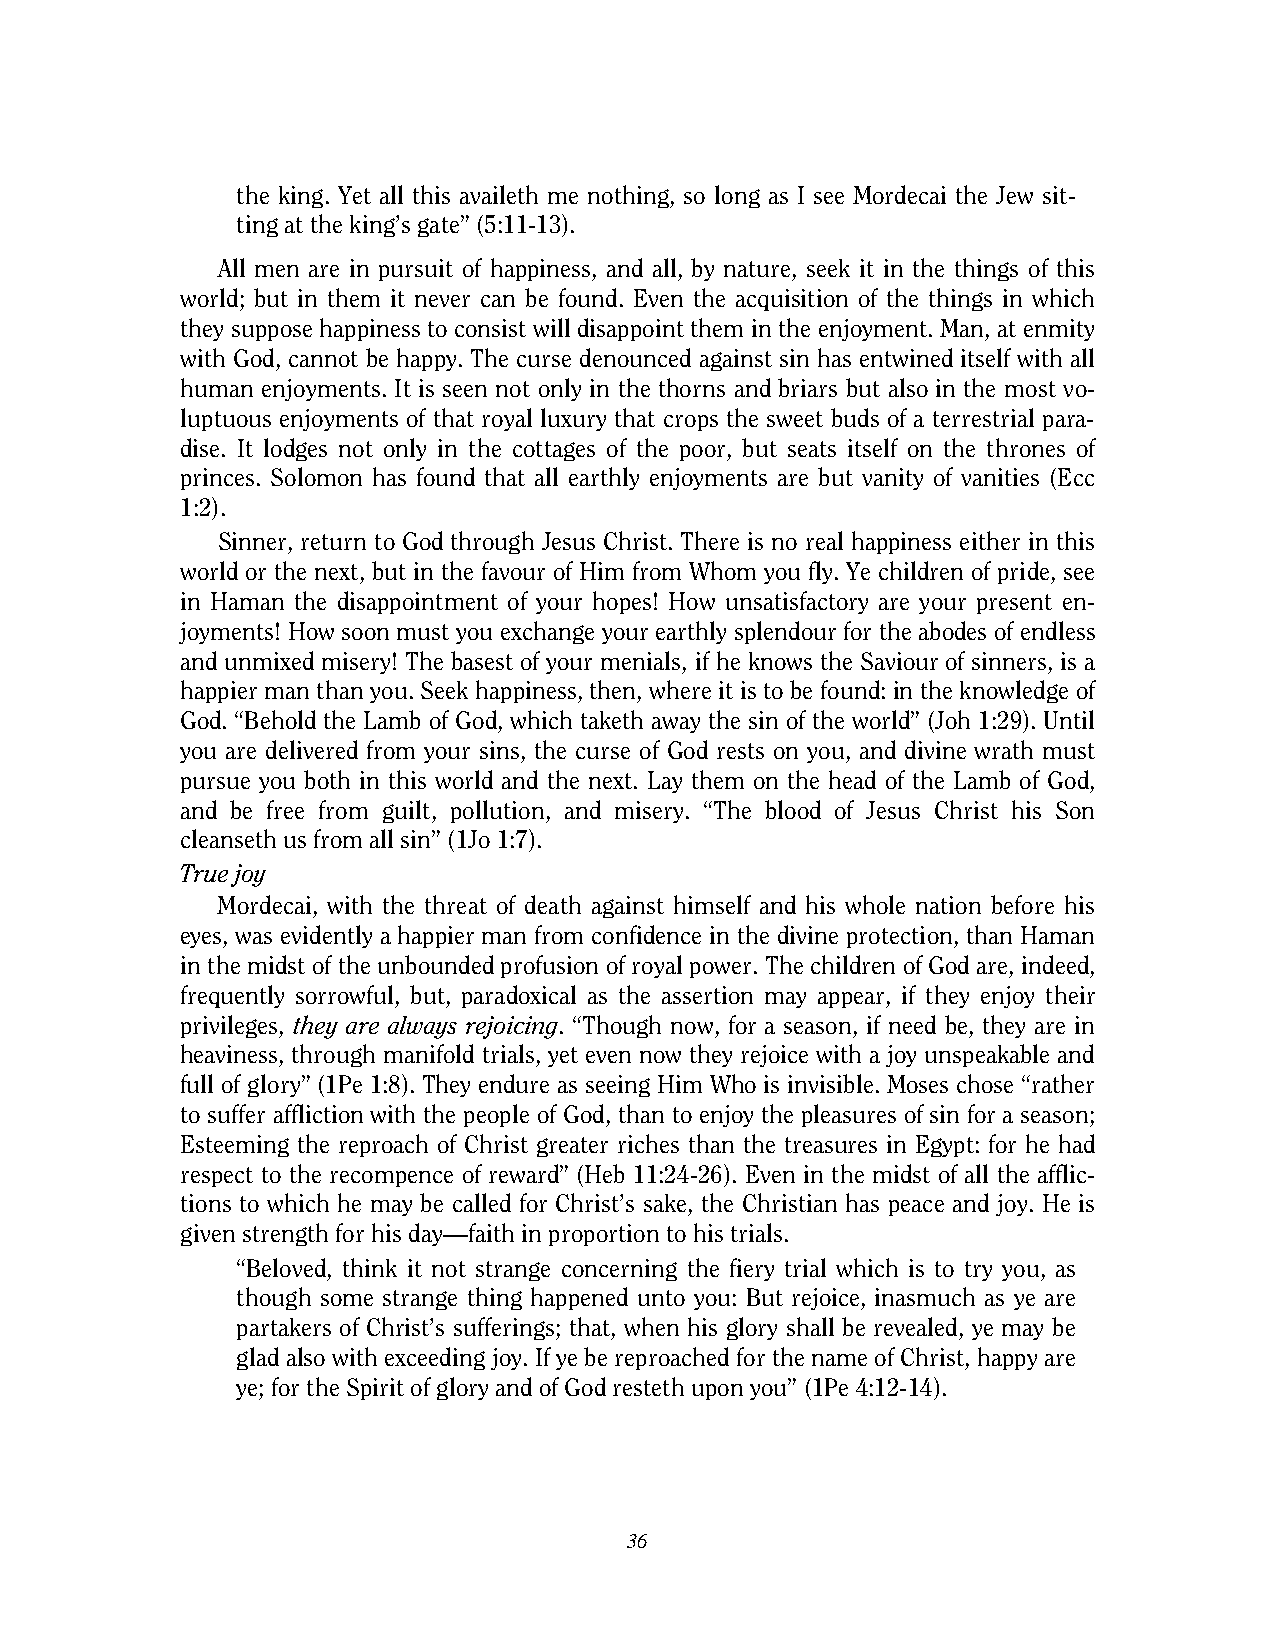
the king. Yet all this availeth me nothing, so long as I see Mordecai the Jew sit-
 ting at the king’s gate” (5:11-13).
 All men are in pursuit of happiness, and all, by nature, seek it in the things of this
 world; but in them it never can be found. Even the acquisition of the things in which
 they suppose happiness to consist will disappoint them in the enjoyment. Man, at enmity
 with God, cannot be happy. The curse denounced against sin has entwined itself with all
 human enjoyments. It is seen not only in the thorns and briars but also in the most vo-
 luptuous enjoyments of that royal luxury that crops the sweet buds of a terrestrial para-
 dise. It lodges not only in the cottages of the poor, but seats itself on the thrones of
 princes. Solomon has found that all earthly enjoyments are but vanity of vanities (Ecc
 1:2).
 Sinner, return to God through Jesus Christ. There is no real happiness either in this
 world or the next, but in the favour of Him from Whom you fly. Ye children of pride, see
 in Haman the disappointment of your hopes! How unsatisfactory are your present en-
 joyments! How soon must you exchange your earthly splendour for the abodes of endless
 and unmixed misery! The basest of your menials, if he knows the Saviour of sinners, is a
 happier man than you. Seek happiness, then, where it is to be found: in the knowledge of
 God. “Behold the Lamb of God, which taketh away the sin of the world” (Joh 1:29). Until
 you are delivered from your sins, the curse of God rests on you, and divine wrath must
 pursue you both in this world and the next. Lay them on the head of the Lamb of God,
 and be free from guilt, pollution, and misery. “The blood of Jesus Christ his Son
 cleanseth us from all sin” (1Jo 1:7).
 True joy
 Mordecai, with the threat of death against himself and his whole nation before his
 eyes, was evidently a happier man from confidence in the divine protection, than Haman
 in the midst of the unbounded profusion of royal power. The children of God are, indeed,
 frequently sorrowful, but, paradoxical as the assertion may appear, if they enjoy their
 privileges, they are always rejoicing. “Though now, for a season, if need be, they are in
 heaviness, through manifold trials, yet even now they rejoice with a joy unspeakable and
 full of glory” (1Pe 1:8). They endure as seeing Him Who is invisible. Moses chose “rather
 to suffer affliction with the people of God, than to enjoy the pleasures of sin for a season;
 Esteeming the reproach of Christ greater riches than the treasures in Egypt: for he had
 respect to the recompence of reward” (Heb 11:24-26). Even in the midst of all the afflic-
 tions to which he may be called for Christ’s sake, the Christian has peace and joy. He is
 given strength for his day—faith in proportion to his trials.
 “Beloved, think it not strange concerning the fiery trial which is to try you, as
 though some strange thing happened unto you: But rejoice, inasmuch as ye are
 partakers of Christ’s sufferings; that, when his glory shall be revealed, ye may be
 glad also with exceeding joy. If ye be reproached for the name of Christ, happy are
 ye; for the Spirit of glory and of God resteth upon you” (1Pe 4:12-14).
 36